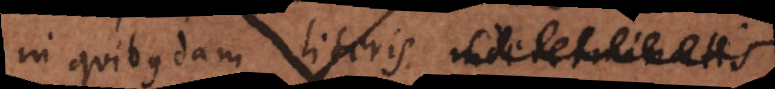
in quibusdam literi